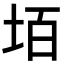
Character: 𡋦